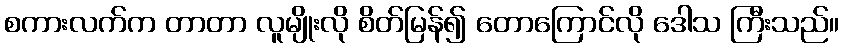
စကားလက်က တာတာ လူမျိုးလို စိတ်မြန်၍ တောကြောင်လို ဒေါသ ကြီးသည်။